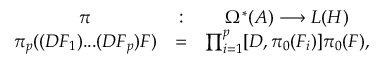
\begin{array} { c c c } { { \pi } } & { { : } } & { { \Omega ^ { * } ( { \cal A } ) \longrightarrow { \cal L } ( { \cal H } ) } } \\ { { \pi _ { p } ( ( D F _ { 1 } ) . . . ( D F _ { p } ) F ) } } & { { = } } & { { \prod _ { i = 1 } ^ { p } [ D , \pi _ { 0 } ( F _ { i } ) ] \pi _ { 0 } ( F ) , } } \end{array}